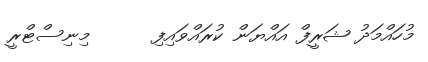
މުހައްމަދު ޝަރީފް އައްޔަން ކުރައްވައިފި      މިނިސްޓްރީ